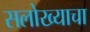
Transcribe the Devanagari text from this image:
सलोख्याचा